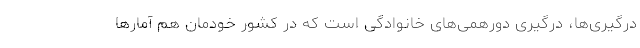
درگیری‌ها، درگیری دورهمی‌های خانوادگی است که در کشور خودمان هم آمارها